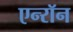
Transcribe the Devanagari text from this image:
एन्‍रॉन